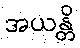
အယန္တိ